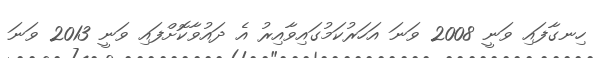
ހިނގާފައި ވަނީ 2008 ވަނަ އަހަރުކަމުގައިވާއިރު އެ ދައުވާކޮށްފައި ވަނީ 2013 ވަނަ